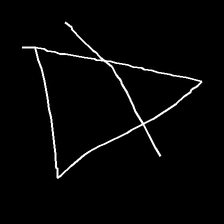
Glyph: empower